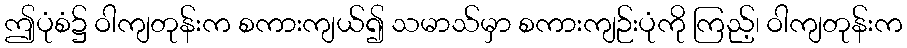
ဤပုံစံ၌ ဝါကျတုန်းက စကားကျယ်၍ သမာသ်မှာ စကားကျဉ်းပုံကို ကြည့်၊ ဝါကျတုန်းက